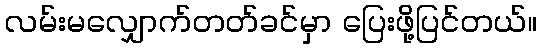
လမ်းမလျှောက်တတ်ခင်မှာ ပြေးဖို့ပြင်တယ်။